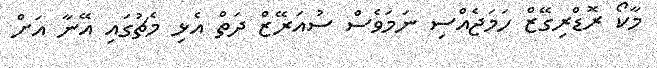
މާކޯ ރޮޑްރިގޭޒް ހަމަޖެއްސި ނަމަވެސް ސުއަރޭޒް ދަތް އެޅި މެޗުގައި އޭނާ އަށް